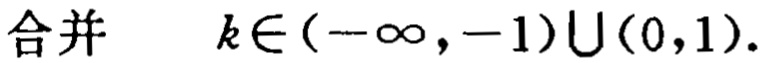
合并 \(k\in(-\infty,-1)\cup(0,1)\)